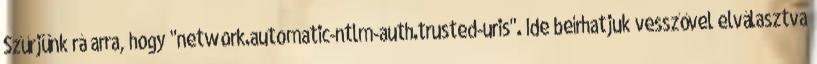
Szűrjünk rá arra, hogy "network.automatic-ntlm-auth.trusted-uris". Ide beírhatjuk vesszővel elválasztva